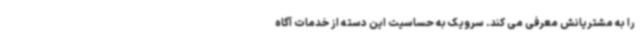
را به مشتریانش معرفی می کند. سرویک به حساسیت این دسته از خدمات آگاه